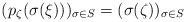
LaTeX: \begin{align*}(p_{\zeta}(\sigma(\xi)))_{\sigma\in S} = (\sigma(\zeta))_{\sigma\in S}\end{align*}